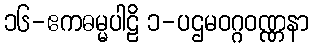
၁၆-ဧကဓမ္မပါဠိ ၁-ပဌမဝဂ္ဂဝဏ္ဏနာ